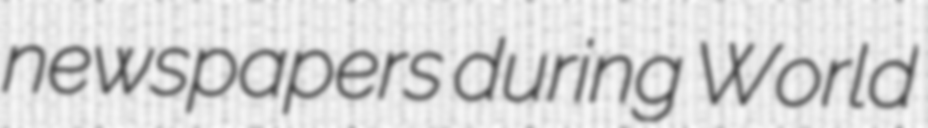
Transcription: newspapers during World